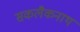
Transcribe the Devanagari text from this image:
सकलैकनाथं